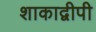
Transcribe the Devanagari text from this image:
शाकाद्वीपी